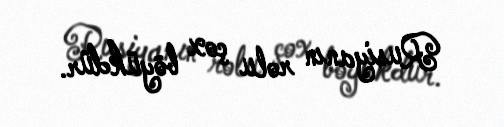
Rusiyanın rolu çox böyükdür.